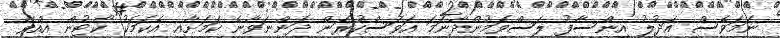
ނަމަވެސް އަދުލު އިންސާފު ލަސްވަމުންދާނަމަ އަވަސްކުރަން ދަންނަވާނެ ކަމަށާއި އެކަމަކު ކޯޓުން އިއްވާ